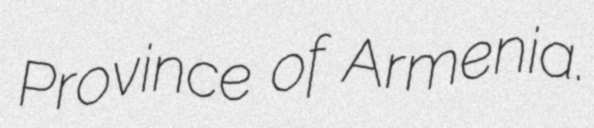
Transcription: Province of Armenia.